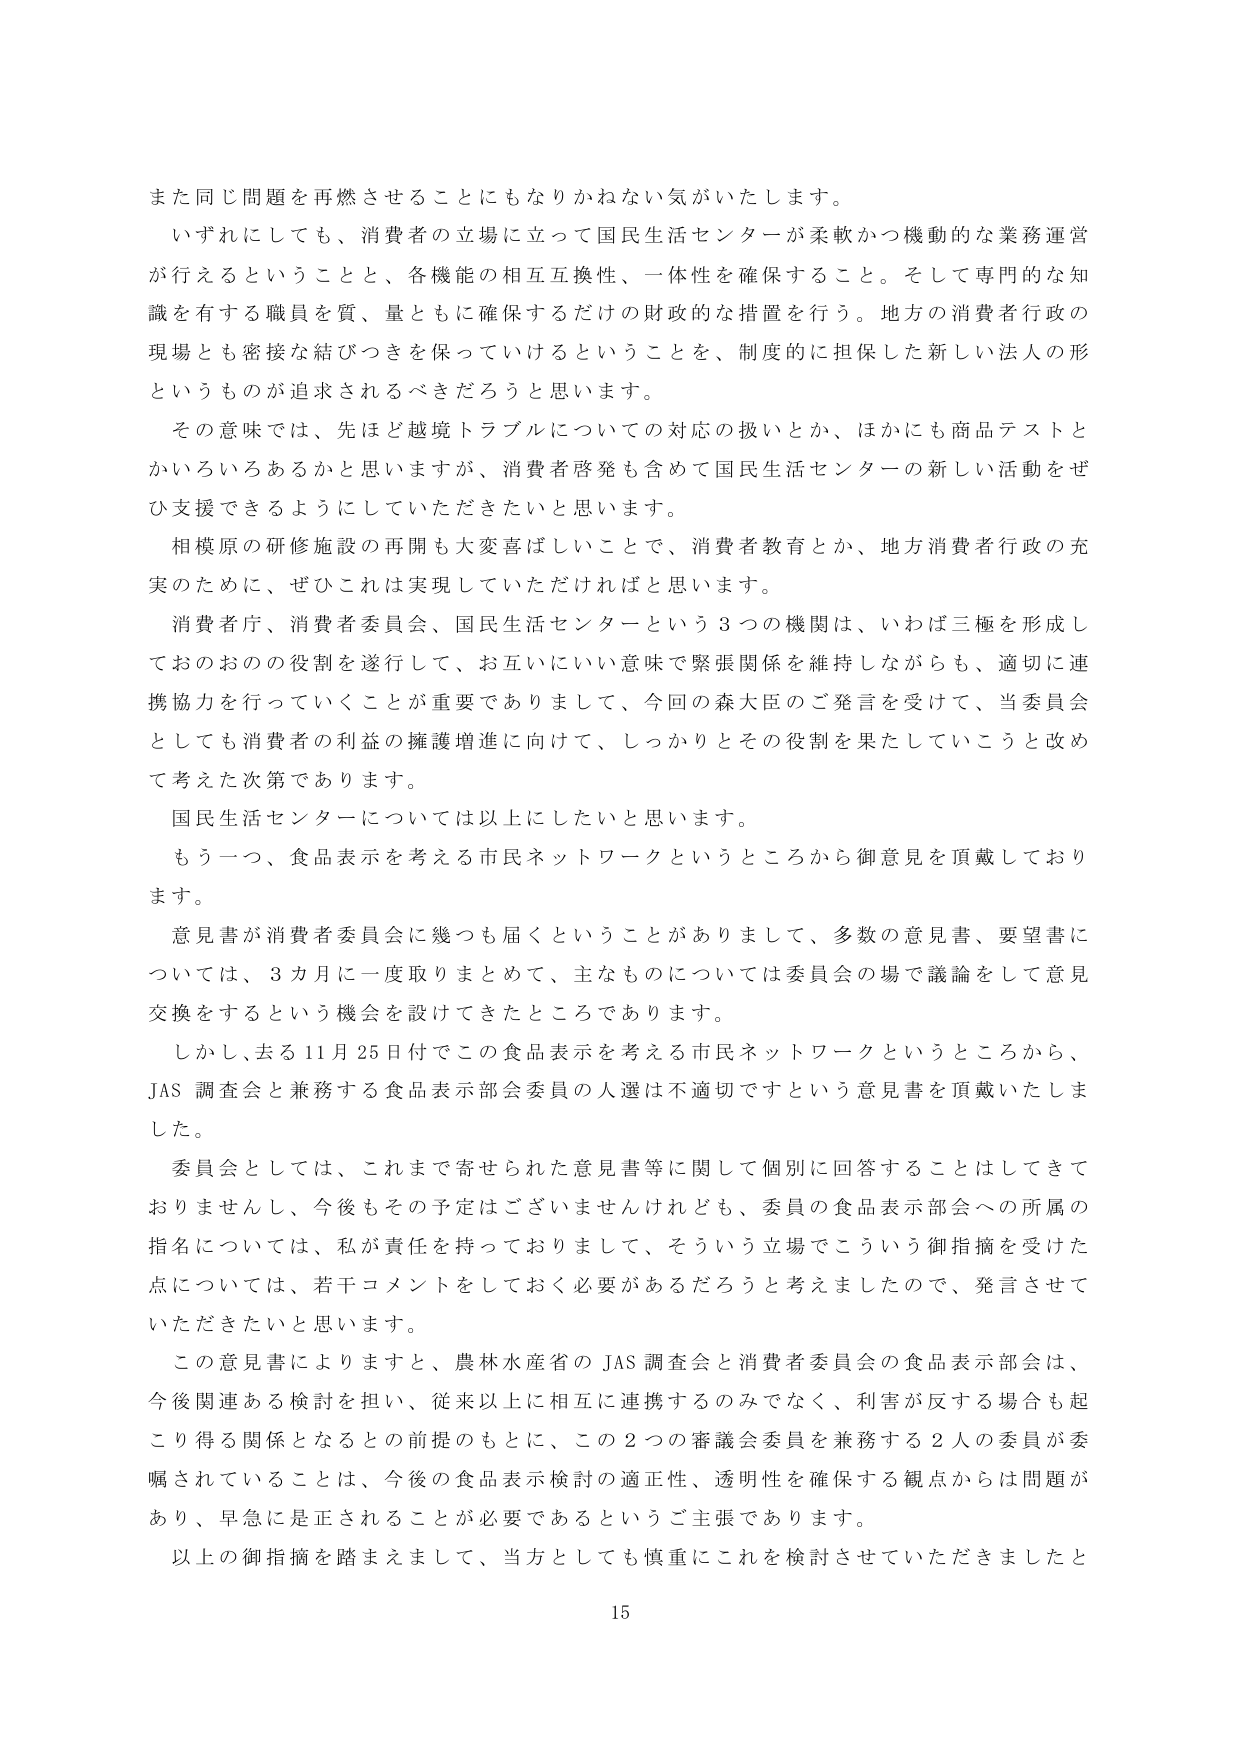
また同じ問題を再燃させることにもなりかねない気がいたします。

いずれにしても、消費者の立場に立って国民生活センターが柔軟かつ機動的な業務運営が行えるということと、各機能の相互互換性、一体性を確保すること。そして専門的な知識を有する職員を質、量ともに確保するだけの財政的な措置を行う。地方の消費者行政の現場とも密接な結びつきを保っていけるということを、制度的に担保した新しい法人の形というものが追求されるべきだろうと思います。

その意味では、先ほど越境トラブルについての対応の扱いとか、ほかにも商品テストとかいろいろあるかと思いますが、消費者啓発も含めて国民生活センターの新しい活動をぜひ支援できるようにしていただきたいと思います。

相模原の研修施設の再開も大変喜ばしいことで、消費者教育とか、地方消費者行政の充実のために、ぜひこれは実現していただければと思います。

消費者庁、消費者委員会、国民生活センターという3つの機関は、いわば三極を形成しておのおのの役割を遂行して、お互いにいい意味で緊張関係を維持しながらも、適切に連携協力を行っていくことが重要でありまして、今回の森大臣のご発言を受けて、当委員会としても消費者の利益の擁護増進に向けて、しっかりとその役割を果たしていこうと改めて考えた次第であります。

国民生活センターについては以上にしたいと思います。

もう一つ、食品表示を考える市民ネットワークというところから御意見を頂戴しております。

意見書が消費者委員会に幾つも届くということがありまして、多数の意見書、要望書については、3カ月に一度取りまとめて、主なものについては委員会の場で議論をして意見交換をするという機会を設けてきたところであります。

しかし、去る11月25日付でこの食品表示を考える市民ネットワークというところから、JAS調査会と兼務する食品表示部会委員の人選は不適切ですという意見書を頂戴いたしました。

委員会としては、これまで寄せられた意見書等に関して個別に回答することはしてきておりませんし、今後もその予定はございませんけれども、委員の食品表示部会への所属の指名については、私が責任を持っておりまして、そういう立場でこういう御指摘を受けた点については、若干コメントをしておく必要があるだろうと考えましたので、発言させていただきたいと思います。

この意見書によりますと、農林水産省のJAS調査会と消費者委員会の食品表示部会は、今後関連ある検討を担い、従来以上に相互に連携するのみでなく、利害が反する場合も起こり得る関係となるとの前提のもとに、この2つの審議会委員を兼務する2人の委員が委嘱されていることは、今後の食品表示検討の適正性、透明性を確保する観点からは問題があり、早急に是正されることが必要であるというご主張であります。

以上の御指摘を踏まえまして、当方としても慎重にこれを検討させていただきましたと

15